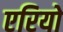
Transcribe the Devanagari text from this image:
एरियो